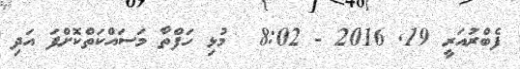
ފެބްރުއަރީ 19